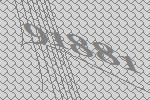
91881